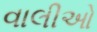
વાલીઓ